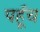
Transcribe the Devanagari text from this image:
पहूँच